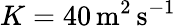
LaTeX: K=40\, \mathrm{m}^{2}\, \mathrm{s}^{-1}